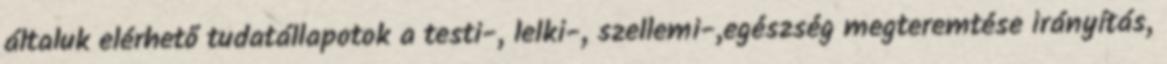
általuk elérhető tudatállapotok a testi-, lelki-, szellemi-,egészség megteremtése irányítás,